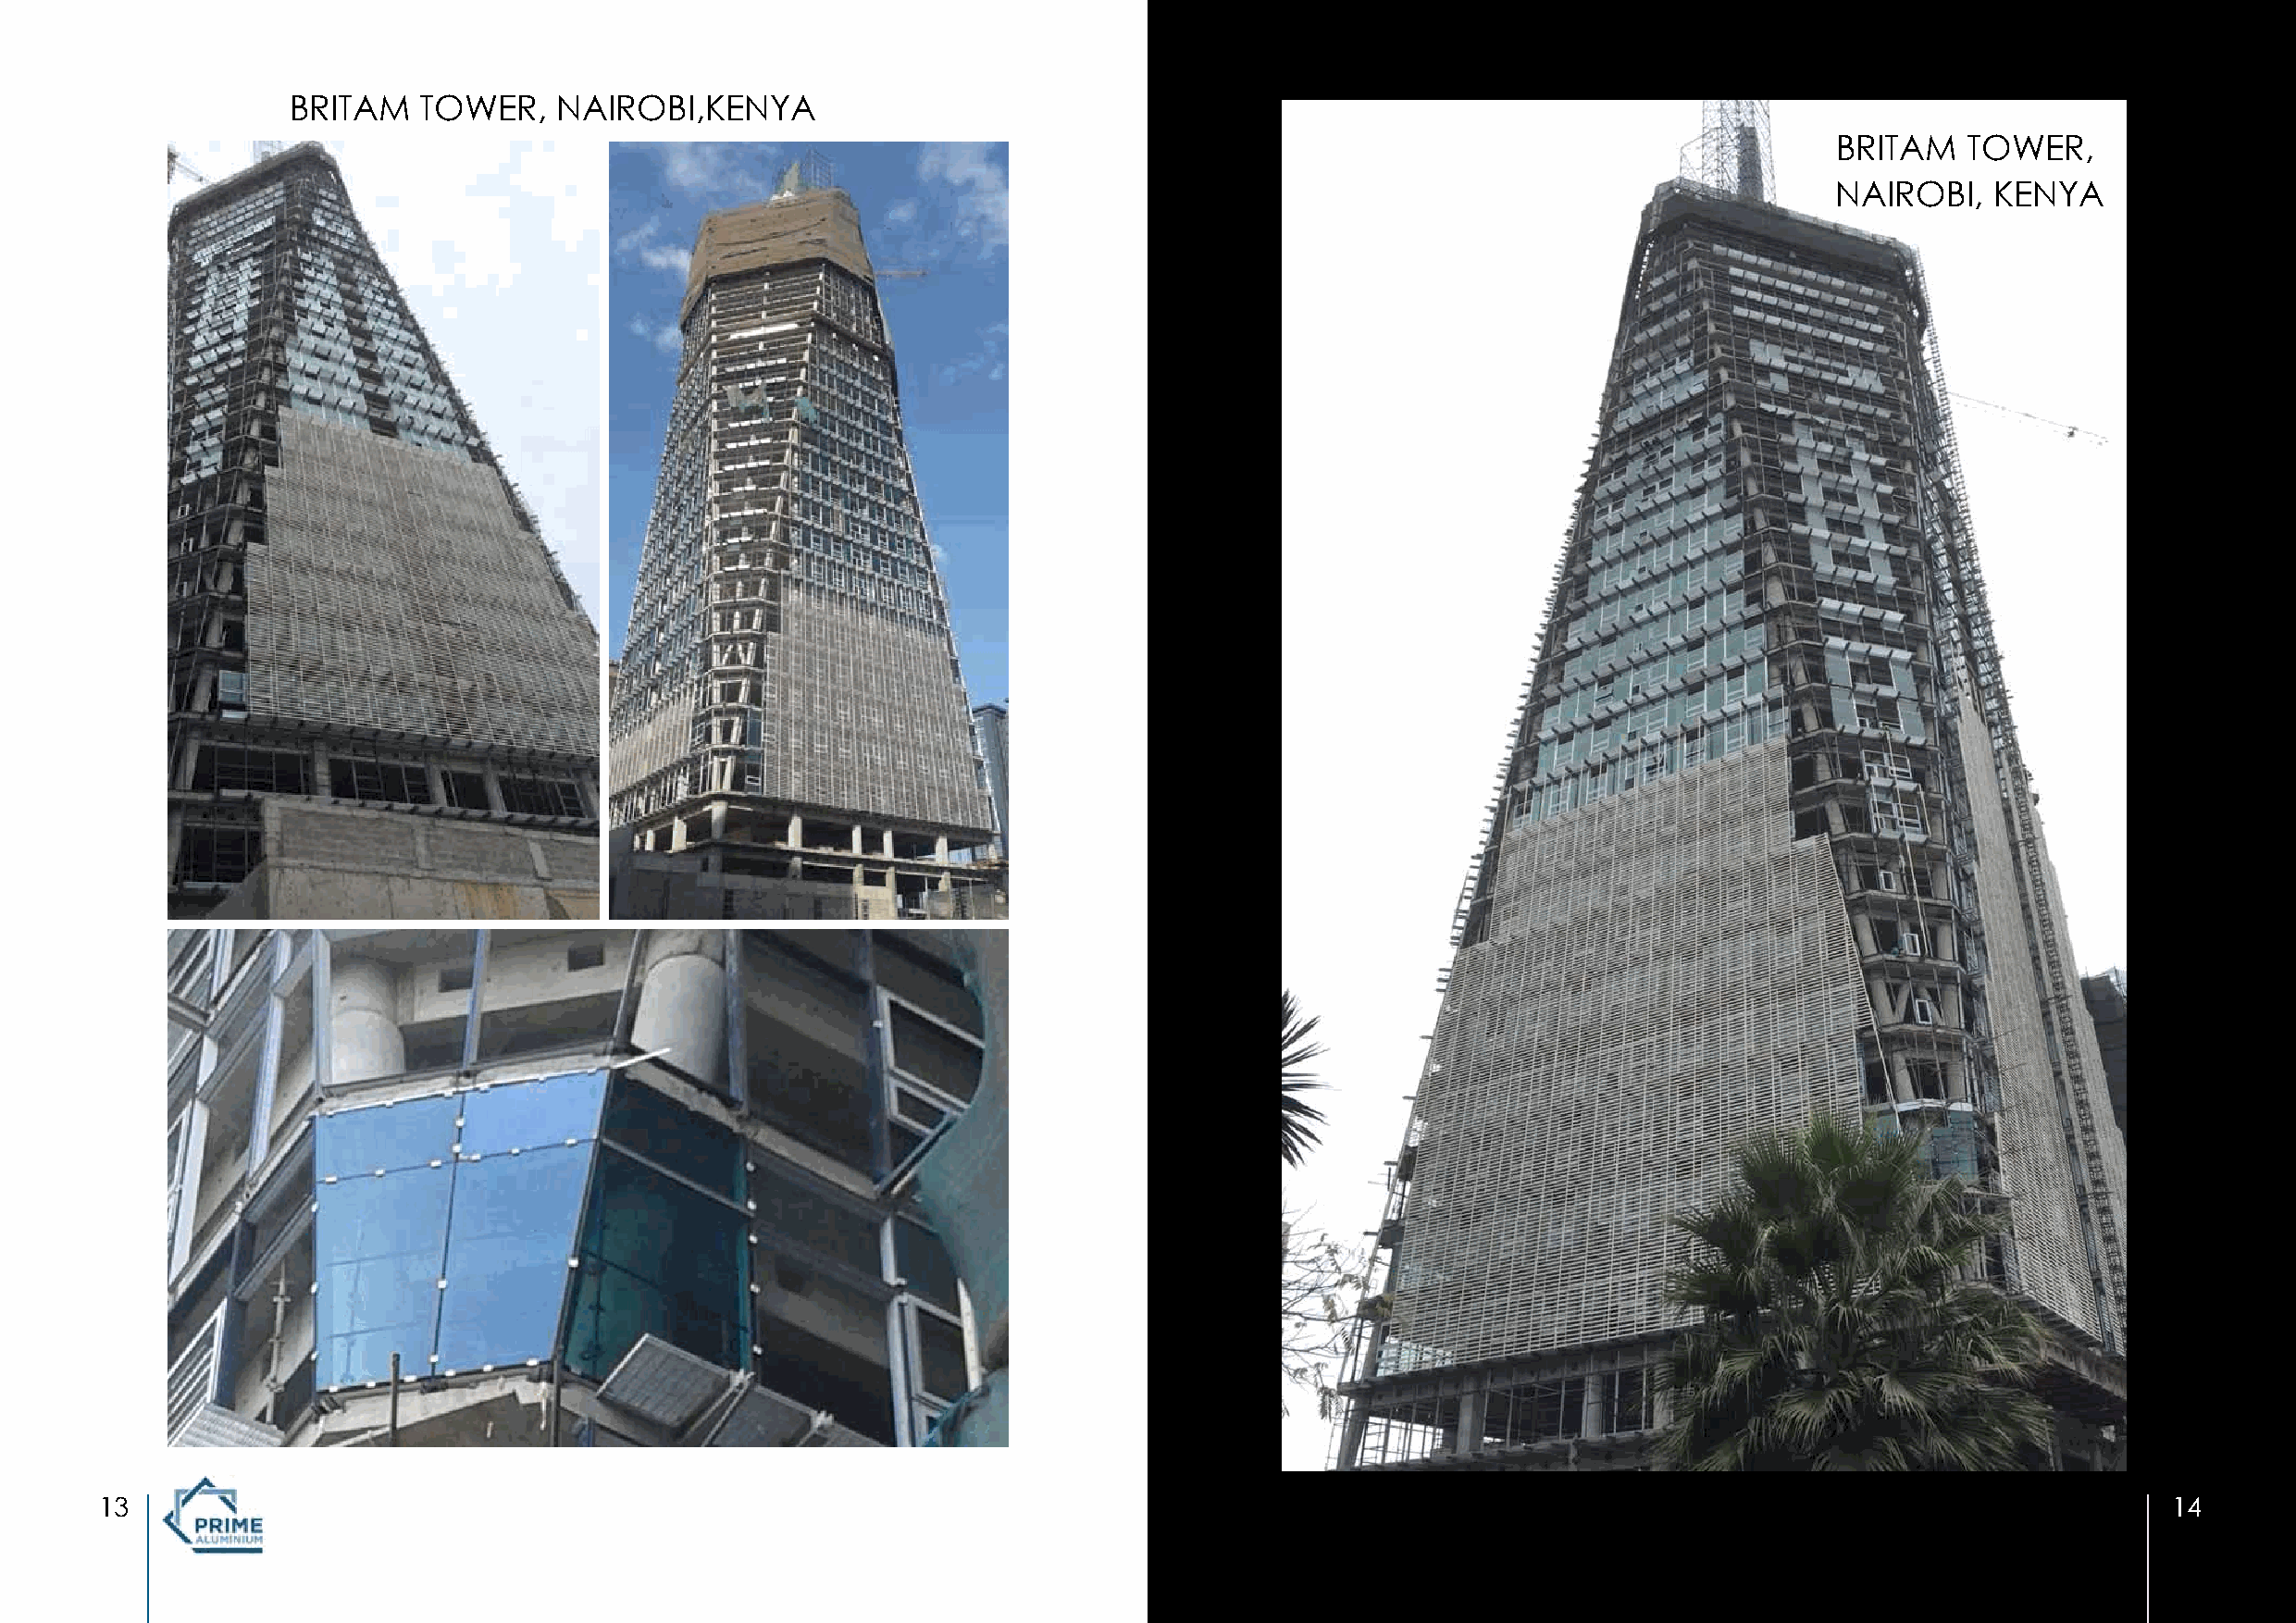
BRITAM   TOWER,    NAIROBI,KENYA
 BRITAM    TOWER,
 NAIROBI,    KENYA
 13                                                                                                                                                  14